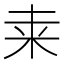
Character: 𥸮